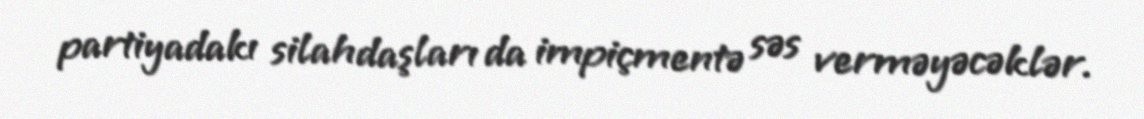
partiyadakı silahdaşları da impiçmentə səs verməyəcəklər.